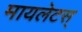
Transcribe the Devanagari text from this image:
मायलेटस्